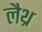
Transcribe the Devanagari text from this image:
लैथ्र